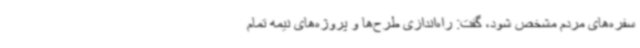
سفره‌های مردم مشخص شود، گفت: راه‌اندازی طرح‌ها و پروژه‌های نیمه تمام